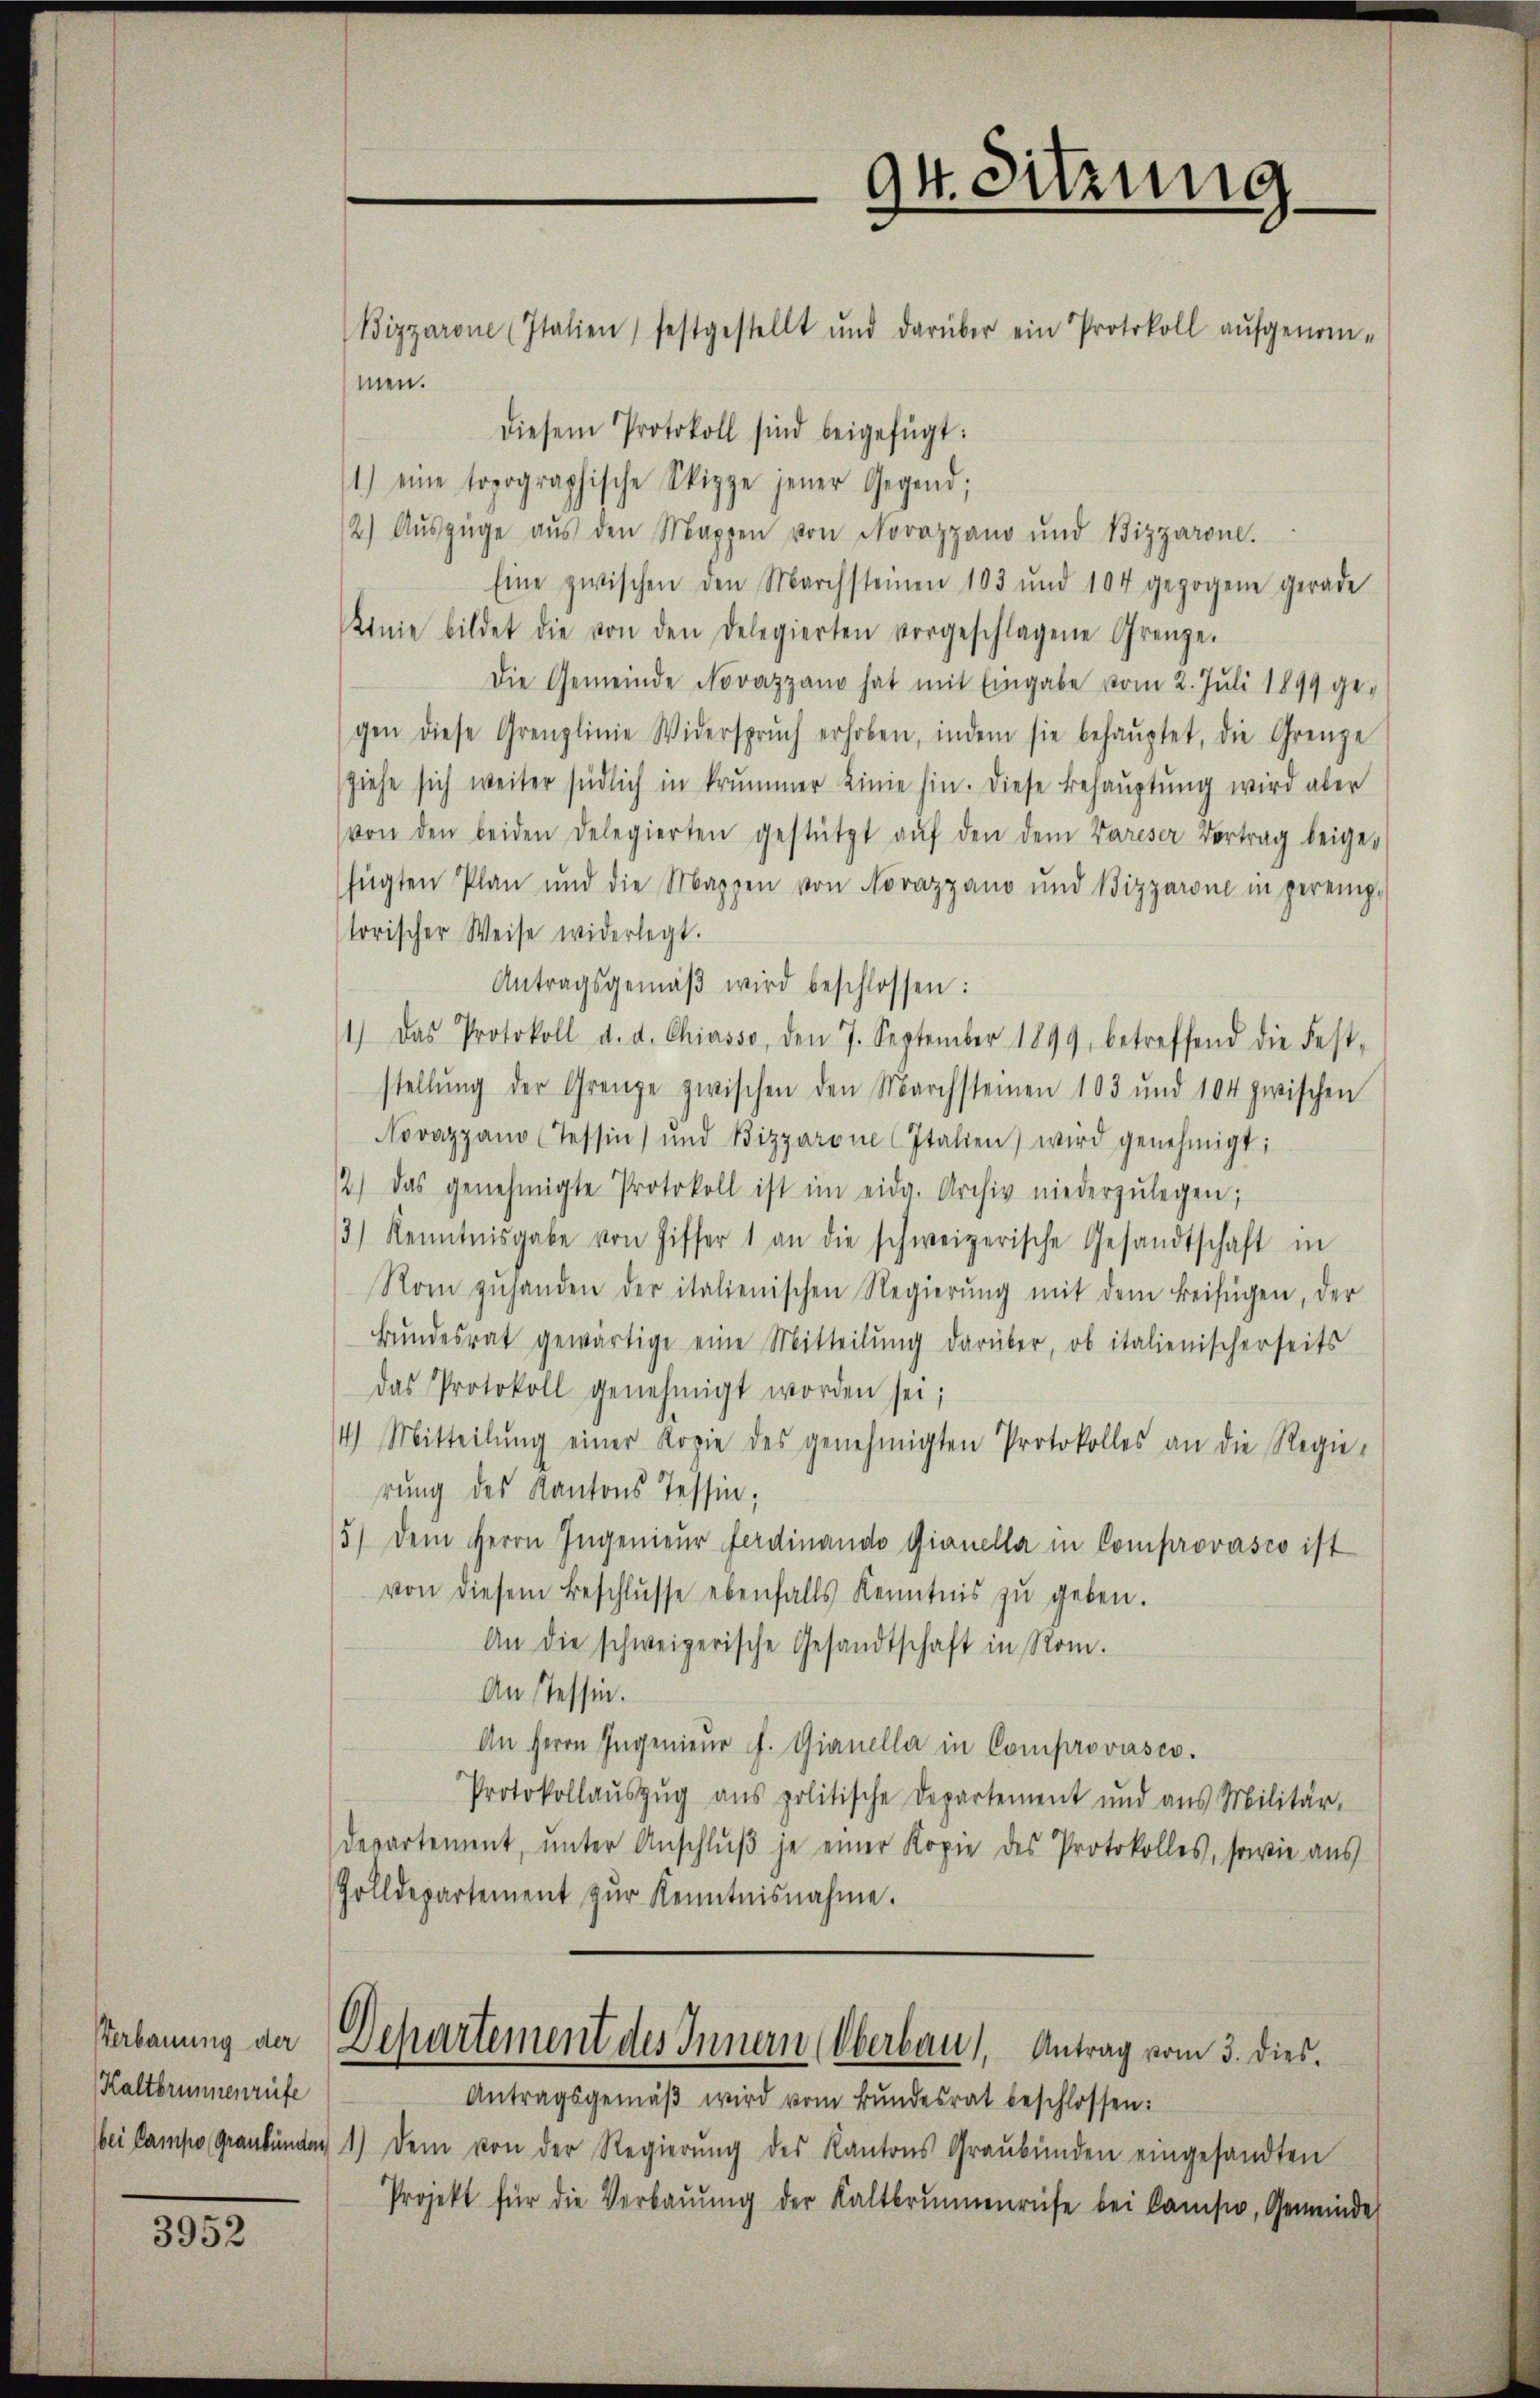
Kaltbrunnenrufe

3952

men.
diesem Protokoll sind beigefügt:
1) eine topographische Skizze jener Gegend;
/2) Auszüge aŭs den Mappen von Norazzano und Bizzarone.
Eine zwischen den Marchsteinen 103 und 104 gezogene gerade
Linie bildet die von den Delegierten vorgeschlagene Grenze.
Die Gemeinde Novazzano hat mit Eingabe vom 2. Juli 1899 ge-
gen diese Grenzlinie Widersprŭch erhoben, indem sie behaŭptet, die Grenze
ziehe sich weiter südlich in krummer Linie hin. Diese Behauptung wird aber
von den beiden Delegierten gestützt aŭf den dem Vareser Vertrag beige-
fügten Plan und die Mappen von Novazzano und Bizzarone in peremp-
torischer Weise widerlegt.
Antragsgemäβ wird beschlossen:
1) Das Protokoll d. d. Chiasso, den 7. September 1899, betreffend die Fest-
stellŭng der Grenze zwischen den Marchsteinen 103 und 104 zwischen
Novazzano (Tessin, und Bizzarone Italien) wird genehmigt:
2) das genehmigte Protokoll ist im eidg. Archiv niederzŭlegen;
3) Kenntnisgabe von Ziffer 1 an die schweizerische Gesandtschaft in
Rom zŭhanden der italienischen Regierŭng mit dem Beifügen, der
Bŭndesrat gewärtige eine Mitteilŭng darüber, ob italienischerseits
das Protokoll genehmigt worden sei;
4) Mitteilŭng einer Kopie des genehmigten Protokolles an die Regie-
rung des Kantons Tessin;
5) Dem Herrn Ingenieŭr Ferdinando Gianella in Comprovasco ist
von diesem Beschlŭsse ebenfalls Kenntnis zŭ geben.
An die schweizerische Gesandtschaft in Rom.
An Tessin.
An Herrn Ingenieŭr f. Gianella in Comprovasco.
Protokollaŭszŭg ans politische Departement und aus Militär-
departement, ŭnter Anschlŭβ je einer Kopie des Protokolles, sowie aus
Zolldepartement zŭr Kenntnisnahme.
erbauung der Departement des Innern (Oberbau), Antrag vom 3. dies¬
Antragsgemäβ wird vom Bundesrat beschlossen:
bei Campo Graubünden 1) dem von der Regierŭng des Kantons Graubünden eingesandten
Projekt für die Verbaŭŭng der Kaltbrŭnnenrufe bei kamsio, Gemeinde

Bizzarone (Italien festgestellt und darüber ein Protokoll aufgenom-

dt. Sitzung
.